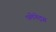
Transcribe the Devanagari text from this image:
प्लेनेट्स